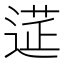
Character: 𨕇